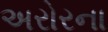
અરોરના